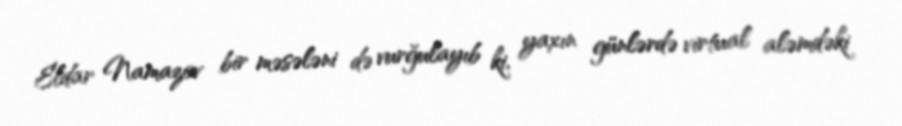
Eldar Namazov bir məsələni də vurğulayıb ki, yaxın günlərdə virtual aləmdəki